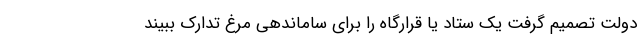
دولت تصمیم گرفت یک ستاد یا قرارگاه را برای ساماندهی مرغ تدارک ببیند